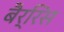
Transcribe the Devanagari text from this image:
बैर्रिस